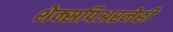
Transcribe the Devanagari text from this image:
शेक्सपिअरनेही